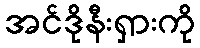
အင်ဒိုနီးရှားကို